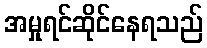
အမှုရင်ဆိုင်နေရသည်